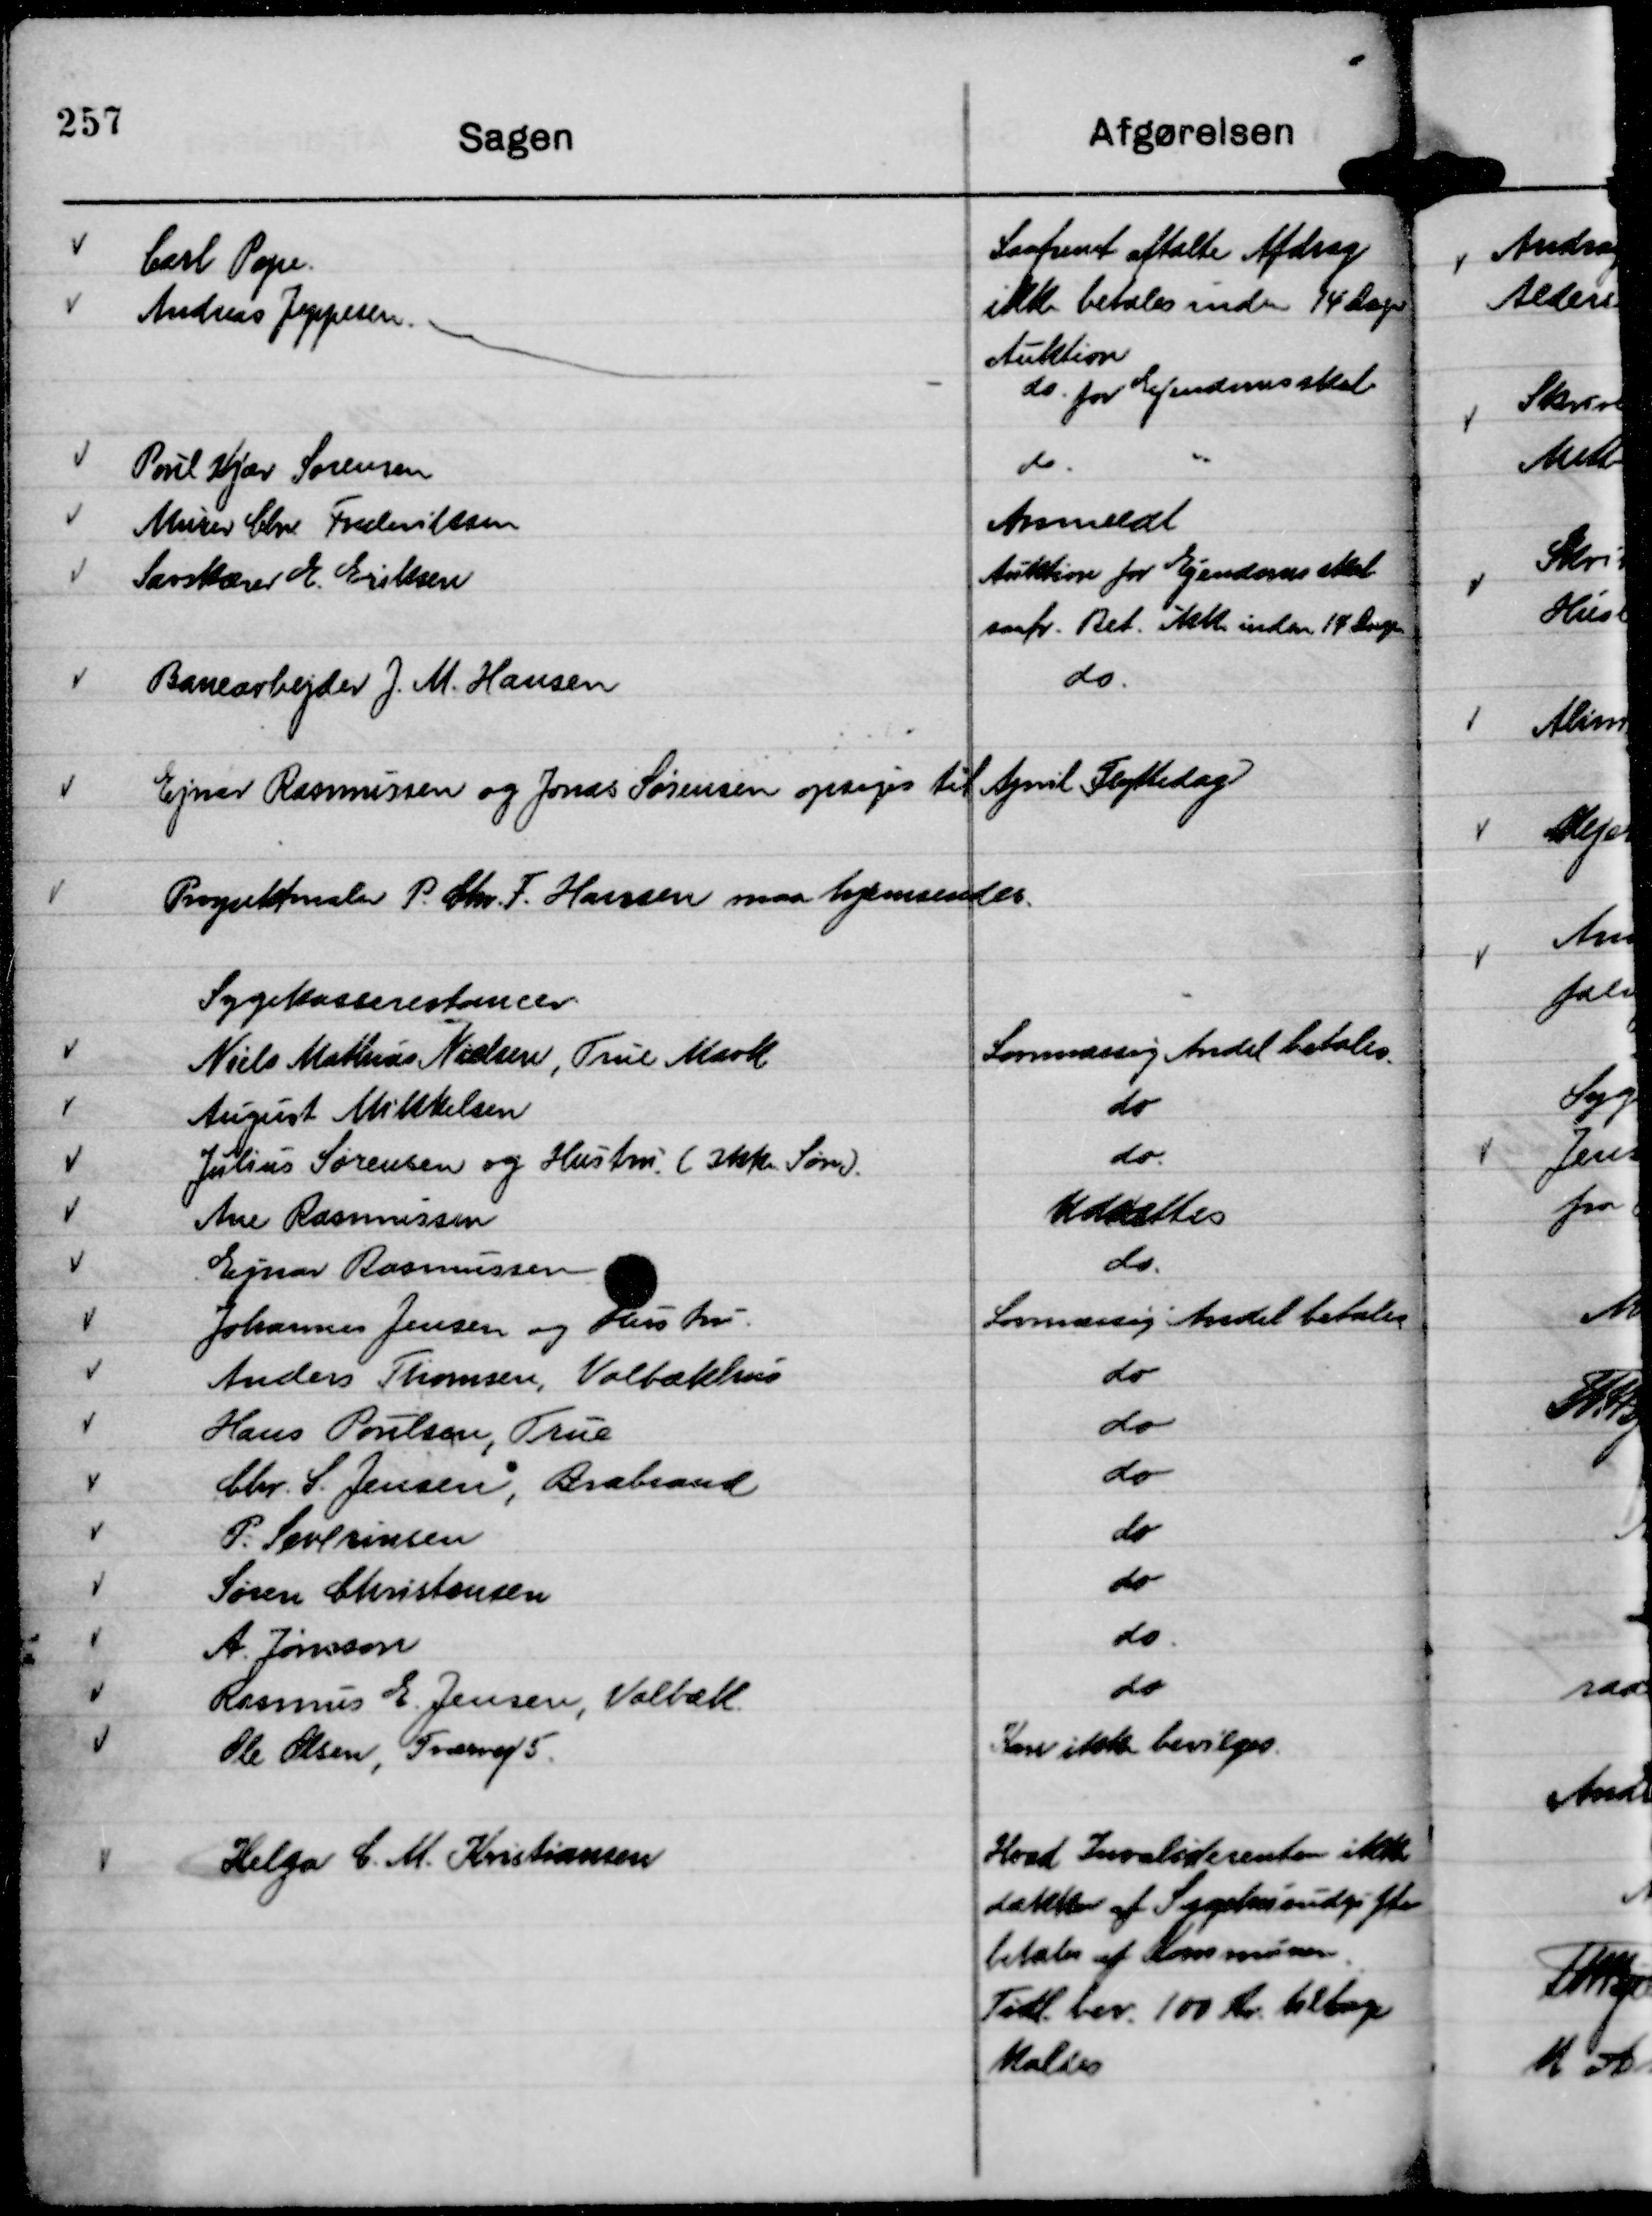
Transskription:
Ejnar Rasmussen og Jonas Sørensen opsiges til April Flyttedag

Prospektmaler P. Chr. F. Hansen maa hjemsendes.